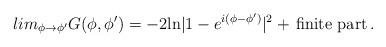
LaTeX: \begin{align*}lim_{\phi \to \phi'} G(\phi, \phi') = -2{\rm ln}| 1- e^{i(\phi - \phi')}|^{2} + \, \mbox{finite part} \, .\end{align*}